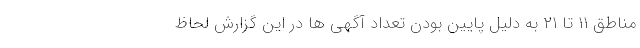
مناطق ۱۱ تا ۲۱ به دلیل پایین بودن تعداد آگهی ها در این گزارش لحاظ